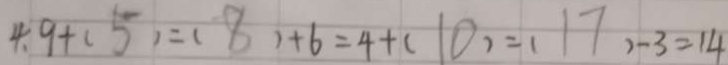
4 . 9 + ( 5 ) = ( 8 ) + 6 = 4 + ( 1 0 ) = ( 1 7 ) - 3 = 1 4